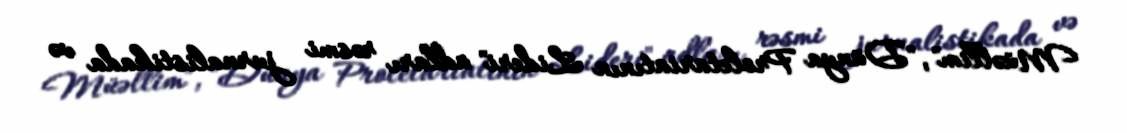
Müəllim", "Dünya Proletariatının Lideri" adları rəsmi jurnalistikada və